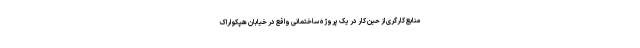
منابع کارگری از حین کار در یک پروژه ساختمانی واقع در خیابان هپکو اراک